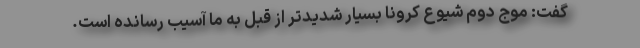
گفت: موج دوم شیوع کرونا بسیار شدیدتر از قبل به ما آسیب رسانده است.